Leaving Certificate Examination (including Day School Certificate (Higher) General paper), 1927
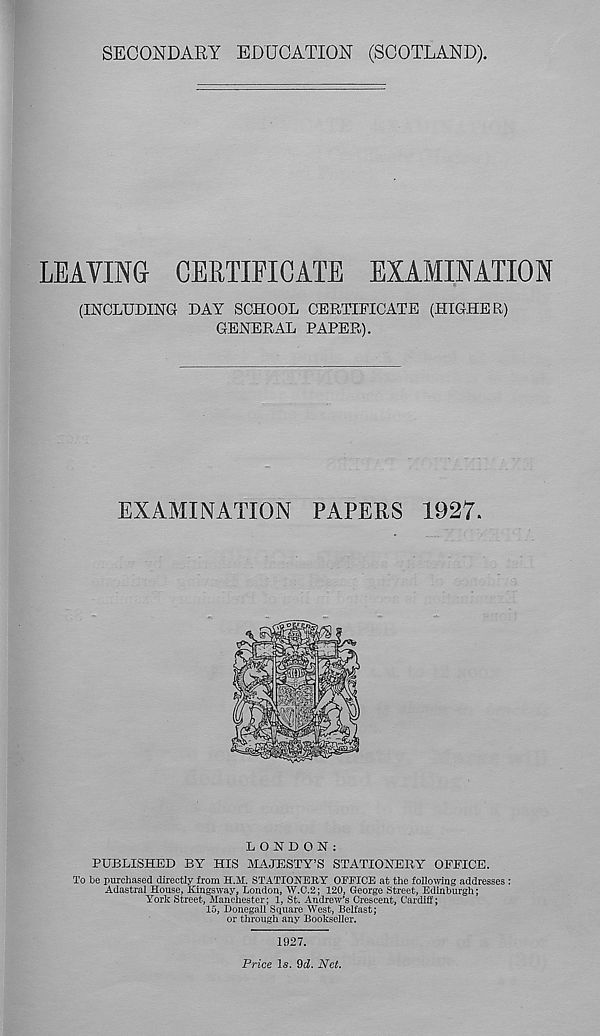
SECONDARY EDUCATION (SCOTLAND),
LEAVING CERTIFICATE EXAMINATION
(INCLUDING DAY SCHOOL CERTIFICATE (HIGHER)
GENERAL PAPER).
EXAMINATION PAPERS 1927.
LONDON:
PUBLISHED BY HIS MAJESTY’S STATIONERY OFFICE.
To be purchased directly from H.M. STATIONERY OEEICE at the following addresses :
Adastral House, Krngsway, London, W.C.2; 120, George Street, Edinburgh;
York Street, Manchester; 1, St. Andrew’s Crescent, Cardiff;
15, Donegail Square West, Belfast;
or through any Bookseller.
1927.
Price Is. 9cZ. Net.